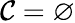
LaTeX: \mathcal{C}=\varnothing